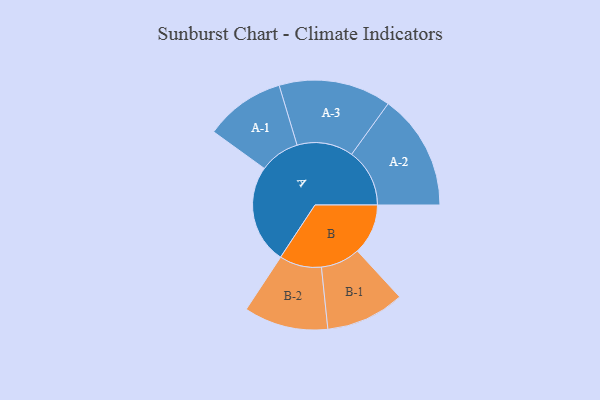
{"axis": {"x": "Segment", "y": "Value"}, "legend": ["", "A", "B"], "data": [{"x": "A", "y": 498, "type": ""}, {"x": "B", "y": 255, "type": ""}, {"x": "A-1", "y": 202, "type": "A"}, {"x": "A-2", "y": 292, "type": "A"}, {"x": "A-3", "y": 283, "type": "A"}, {"x": "B-1", "y": 198, "type": "B"}, {"x": "B-2", "y": 212, "type": "B"}]}